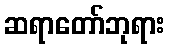
ဆရာတော်ဘုရား